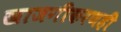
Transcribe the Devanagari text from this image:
खाजगीकरणही